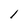
Character: l